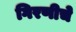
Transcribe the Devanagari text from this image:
गिरणीचे